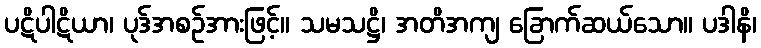
ပဋိပါဋိယာ၊ ပုဒ်အစဉ်အားဖြင့်။ သမသဋ္ဌိ၊ အတိအကျ ခြောက်ဆယ်သော။ ပဒါနိ၊